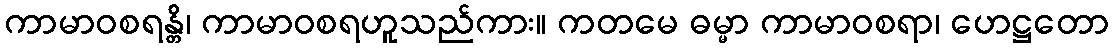
ကာမာဝစရန္တိ၊ ကာမာဝစရဟူသည်ကား။ ကတမေ ဓမ္မာ ကာမာဝစရာ၊ ဟေဋ္ဌတော